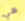
هي